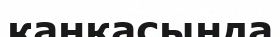
каңқасында